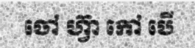
ចៅ ហ្វ៊ា កៅ បើ